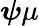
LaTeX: \boldsymbol{\psi}\mu